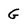
Character: G